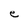
Character: e